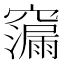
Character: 𮄠